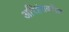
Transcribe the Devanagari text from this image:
अरिहंतवरील